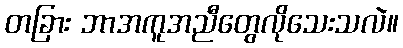
တခြား ဘာအကူအညီတွေလိုသေးသလဲ။